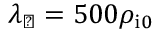
\lambda _ { \perp } = 5 0 0 \rho _ { \mathrm { i } 0 }